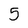
Character: 5